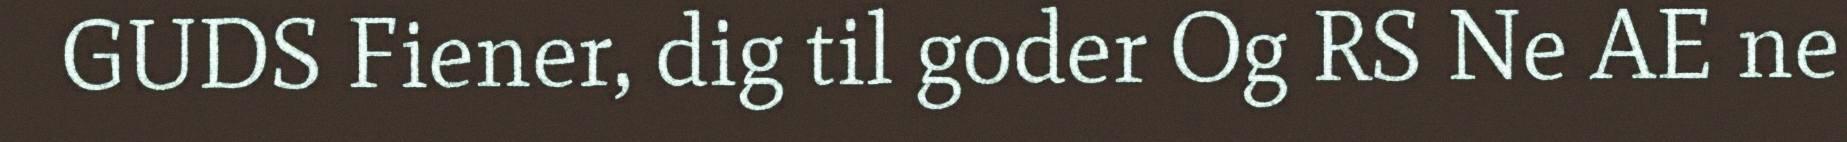
GUDS Fiener, dig til goder Og RS Ne AE ne